Report of the Indian Hemp Drugs Commission, 1894-1895 - Volume VII
Year: 1894
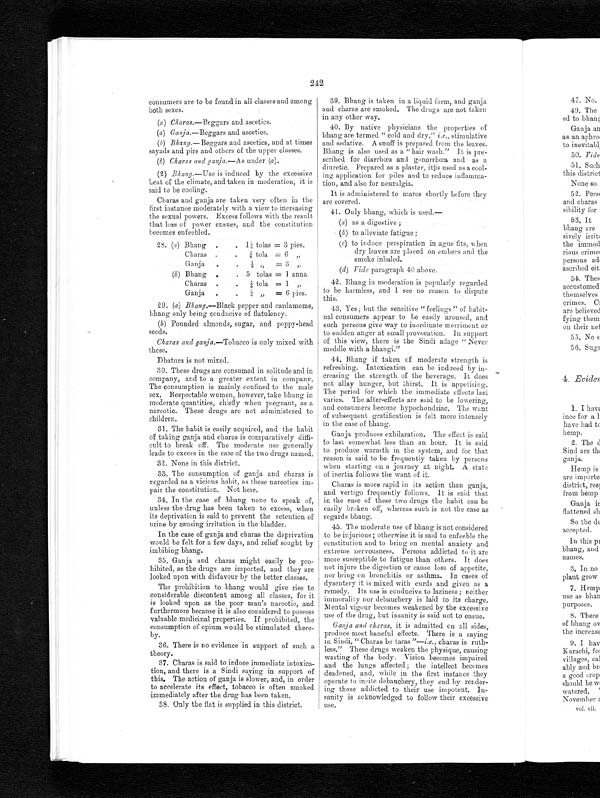
242
consumers are to be found in all classes and among
both sexes.
(a ) Charas. —Beggars and ascetics.
(a ) Ganja .—Beggars and ascetics.
(b) Bhang .—Beggars and ascetics, and at times
sayads and piers and others of the upper classes.
( b ) Charas and ganja. —As under (a).
(2) Bhang. —Use is induced by the excessive
heat of the climate, and taken in moderation, it is
said to be cooling.
Charas and ganja are taken very often in the
first instance moderately with a view to increasing
the sexual powers. Excess follows with the result
that loss of power ensues, and the constitution
becomes enfeebled.
28. (a) Bhang .
. 1¼ tolas = 3 pies.
Charas .
.
⅛ tola = 6 „
Ganja
. .
⅛ ,,
= 3
„
(b )
B b a n g
.
. 5 tolas = 1 anna.
Charas .
.
¼ tola = 1 ,,
Ganja
.
.
¼ „ = 6 pies.
29. ( a ) Bhang. —Black pepper and cardamoms,
bhang only being conducive of flatulency.
( b ) Pounded almonds, sugar, and poppy-head
seeds.
Charas and ganja .—Tobacco is only mixed with
these.
Dhatura is not mixed.
30. These drugs are consumed in solitude and in
company, and to a greater extent in company.
The consumption is mainly confined to the male
sex. Respectaple women, however, take bhang in
moderate quantities, chiefly when pregnant, as a
narcotic. These drugs are not administered to
children.
31. The habit is easily acquired, and the habit
of taking ganja and charas is comparatively diffi
- c u l t t o b r e a k o f f . T h e m o d e r a t e u s e g e n e r a l l y
leads to excess in the case of the two drugs named.
32. None in this district.
33. The consumption of ganja and chards is
regarded as a vicious habit, as these narcotics im-
pair the constitution. Not here.
34. In the case of bhang none to speak of,
unless the drug has been taken to excess, when
its deprivation is said to prevent the retention of
urine by causing irritation in the bladder.
In the case of ganja and charas the deprivation
would be felt for a few days, and relief sought by
imbibing bhang.
35. Ganja and charas might easily be pro-
hibited, as the drugs are imported, and they are
looked upon with disfavour by the better classes.
The prohibition to bhang would give rise to
considerable discontent among all classes, for it
is looked upon as the poor man's narcotic, and
furthermore because it is also considered to possess
valuable medicinal properties. If prohibited, the
consumption of opium would be stimulated there-
by.
36. There is no evidence in support of such a
theory.
37. Charas is said to induce immediate intoxica
- t i o n , a n d t h e r e i s a S i n d i s a y i n g i n s u p p o r t o f
this. The action of ganja is slower, and, in order
to accelerate its effect, tobacco is often smoked
immediately after the drug has been taken.
38. Only the flat is supplied in this district.
39. Bhang is taken in a liquid form, and ganja
and charas are smoked. The drugs are not taken
in any other way.
40. By native physicians the properties of
bhang are termed " cold and dry," i.e. , stimulative
and sedative. A snuff is prepared from the leaves.
Bhang is also used as a " hair wash." It is pre
scribed for diarrhœa and gonorrhœa and as a
diuretic. Prepared as a plaster, it is used as a cool-
ing application for piles and to reduce inflamma-
tion, and also for neuralgia.
It is administered to mares shortly before they
are covered.
41. Only bhang, which is used.—
( a ) as a digestive ;
•
( b ) to alleviate fatigue ;
(c) to induce perspiration in ague fits, when
dry leaves are placed on embers and the
smoke inhaled.
(d) Vide paragraph 40 above.
42. Bhang in moderation is popularly regarded
to be harmless, and I see no reason to dispute
this.
43. Yes; but the sensitive "feelings" of habit-
ual consumers appear to be easily aroused, and
such persons give way to inordinate merriment or
to sudden anger at small provocation. In support
of this view, there is the Sindi adage " Never
meddle with a bhangi."
44. Bhang if taken of moderate strength is
refreshing. Intoxication can be induced by in-
creasing the strength of the beverage. It does
not allay hunger, but thirst. It is appetising.
The period for which the immediate effects last
varies. The after-effects are said to be lowering,
and consumers become hypochondriac. The want
of subsequent gratification is felt more intensely
in the case of bhang.
Ganja produces exhilaration. The effect is said
to last somewhat less than an hour. It is said
to produce warmth in the system, and for that
reason is said to be frequently taken by persons
when starting on a journey at night. A state
of inertia follows the want of it.
Charas is more rapid in its action than ganja,
and vertigo frequently follows. It is said that
in the case of these two drugs the habit can be
easily broken off, whereas such is not the case as
regards bhang.
45. The moderate use of bhang is not considered
to be injurious; otherwise it is said to enfeeble the
constitution and to bring on mental anxiety and
extreme nervousness. Persons addicted to it are
more susceptible to fatigue than others. It does
not injure the digestion or cause loss of appetite,
nor bring on bronchitis or asthma. In cases of
dysentery it is mixed with curds and given as a
remedy. Its use is conducive to laziness ; neither
immorality nor debauchery is laid to its charge.
Mental vigour becomes weakened by the excessive
use of the drug, but insanity is said not to ensue.
Ganja and charas, it is admitted on all sides,
produce most baneful effects. There is a saying
in Sindi, "Charas be taras "— i.e. , charas is ruth-
less." These drugs weaken the physique, causing
wasting of the body. Vision becomes impaired
and the lungs affected; the intellect becomes
deadened, and, while in the first instance they
operate to incite debauchery, they end by render-
ing those addicted to their use impotent. In-
sanity is acknowledged to follow their excessive
use.